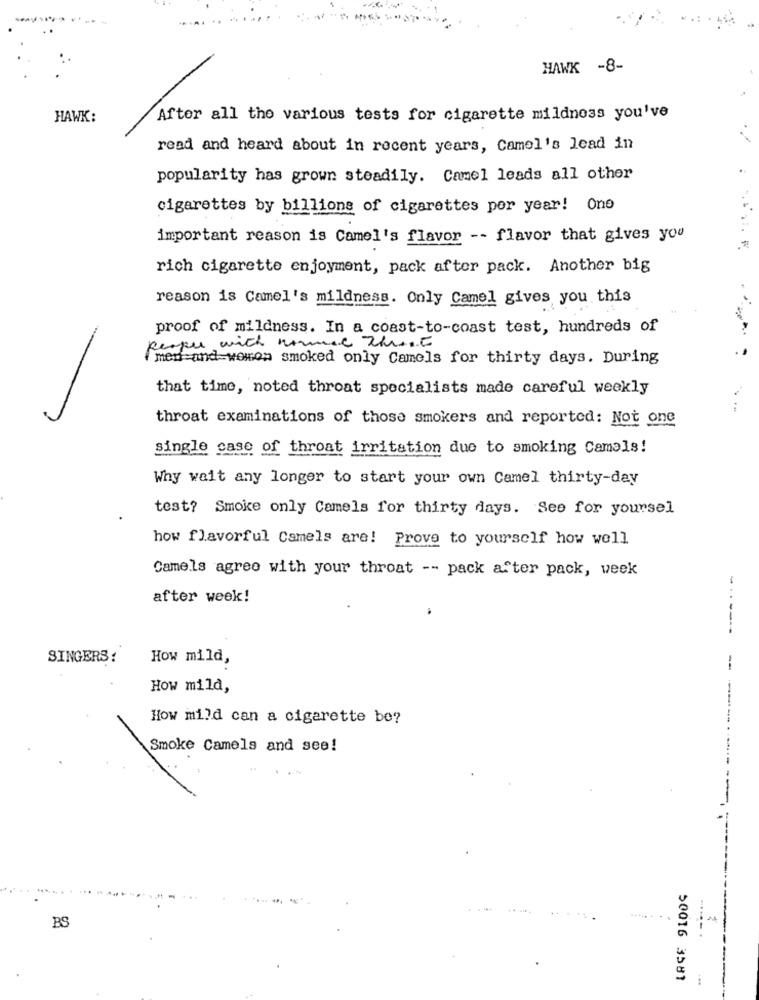
HAWK -8-
HAWK:
After all the various tests for cigarette mildnoss you've
read and heard about in recent years, Camel's lead in
popularity has grown steadily. Camel leads all other
cigarettes by billions of cigarettes por year! Ono
important reason is Camel's flavor -- flavor that gives you
rich cigarette enjoyment, pack after pack. Another big
reason is Camel's mildness. Only Camel gives you this
proof of mildness. In a coast-to-coast test, hundreds of
Respe with normal thread
( men and women smoked only Camels for thirty days. During
that time, noted throat specialists made careful weekly
throat examinations of those smokers and reported: Not one
single case of throat irritation due to smoking Camels!
Why wait any longer to start your own Camel thirty-day
test? Smoke only Camels for thirty days. See for yoursel
how flavorful Camels are! Prove to yourself how well
Camels agree with your throat -- pack after pack, week
after week!
-------
SINGERS:
How mild,
How mild,
How mild can a cigarette be?
Smoke Camels and see!
----------- ---
BS
50016 3581